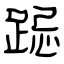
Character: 跽